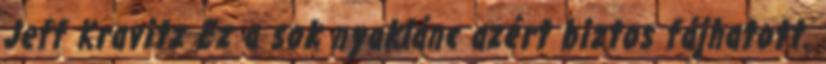
Jeff Kravitz Ez a sok nyaklánc azért biztos fájhatott.